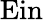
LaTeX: \operatorname{Ein}